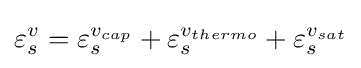
\varepsilon _{s}^{v}=\varepsilon _{s}^{v_{cap}}+\varepsilon _{s}^{v_{thermo}}+\varepsilon _{s}^{v_{sat}}